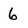
Character: 6